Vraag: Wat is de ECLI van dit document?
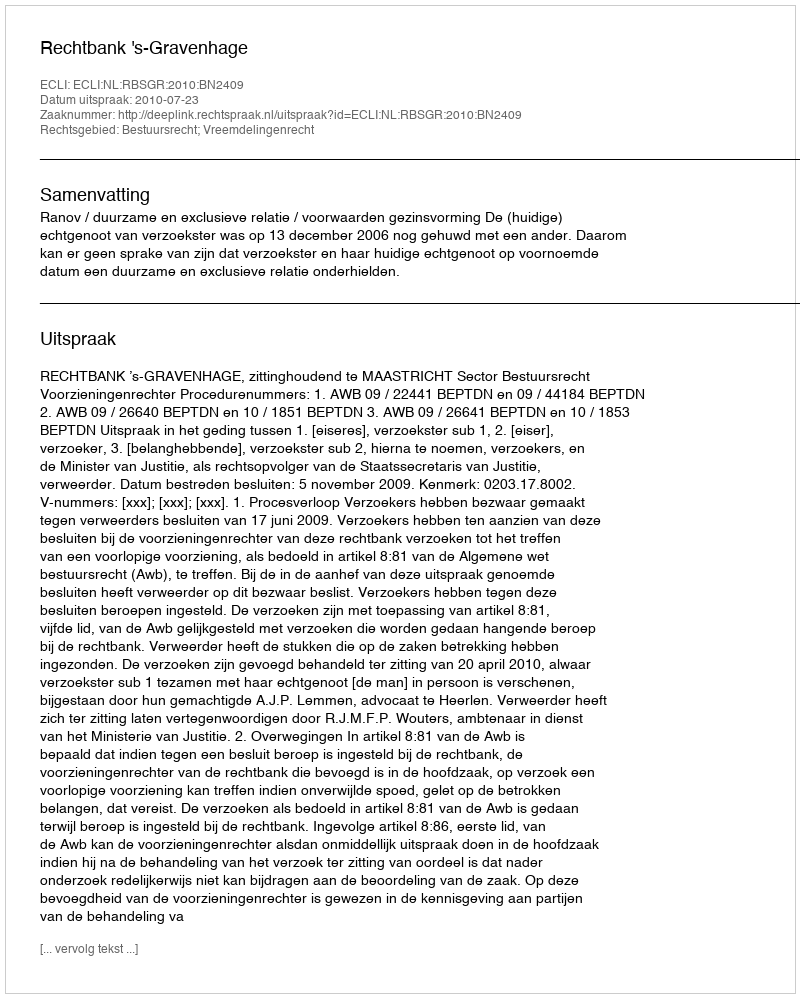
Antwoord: ECLI:NL:RBSGR:2010:BN2409